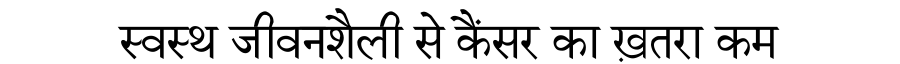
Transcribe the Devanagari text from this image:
स्वस्थ जीवनशैली से कैंसर का ख़तरा कम